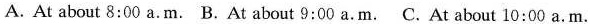
A. At about 8:00 a.m. B.At about 9:00 a.m. C. At about 10:00 a.m.